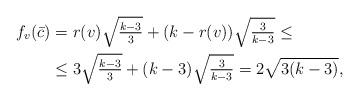
LaTeX: \begin{align*}f_v(\bar c) &= r(v){\textstyle\sqrt{\frac{k-3}{3}}} + (k-r(v)){\textstyle\sqrt{\frac{3}{k-3}}}\le\\&\le 3{\textstyle\sqrt{\frac{k-3}{3}}} + (k-3){\textstyle\sqrt{\frac{3}{k-3}}}=2\sqrt{3(k-3)},\end{align*}